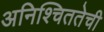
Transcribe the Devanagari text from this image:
अनिश्चिततेची